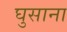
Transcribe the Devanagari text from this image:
घुसाना